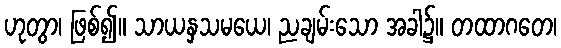
ဟုတွာ၊ ဖြစ်၍။ သာယနှသမယေ၊ ညချမ်းသော အခါ၌။ တထာဂတေ၊